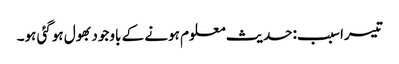
تیسرا سبب:حدیث معلوم ہونے کے باوجود بھول ہوگئی ہو۔